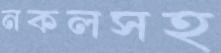
নকলসহ